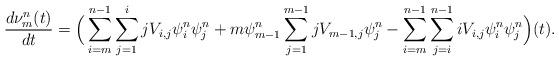
LaTeX: \begin{align*}\frac{d\nu^{n}_m(t)}{dt}=\Big(\sum_{i=m}^{n-1}\sum_{j=1}^{i}jV_{i,j}\psi^{n}_i \psi^{n}_j + m\psi^{n}_{m-1}\sum_{j=1}^{m-1}jV_{m-1,j}\psi^{n}_j - \sum_{i=m}^{n-1}\sum_{j=i}^{n-1}iV_{i,j}\psi^{n}_i\psi^{n}_j\Big)(t).\end{align*}